Annual statistical returns and brief notes on vaccination in Bengal - 1909-1929
Year: 1909
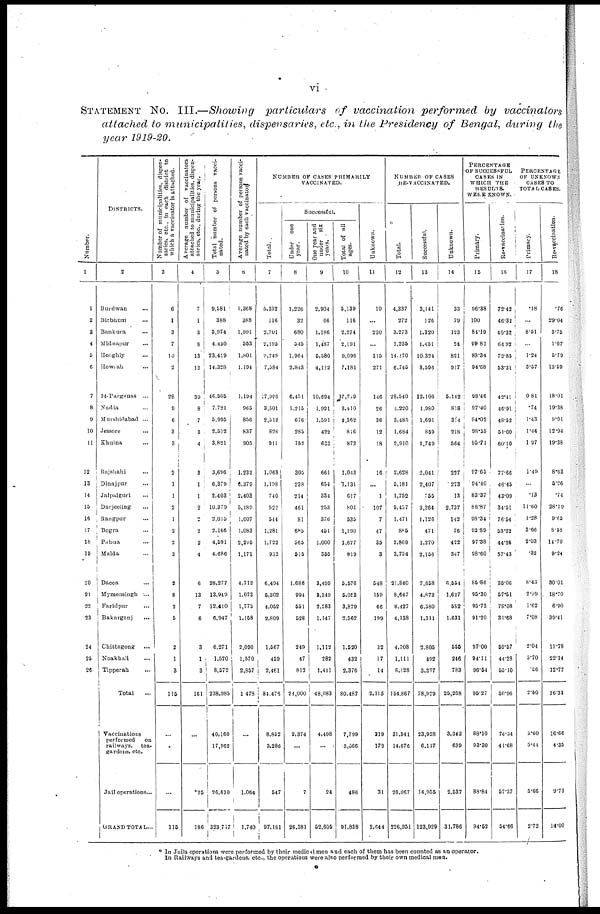
vi
STATEMENT NO. III.—Showing particulars
of vaccination performed by vaccinators
attached to municipalities, dispensaries, etc., in the Presidency of Bengal, during the
year 1919-20.
Number.
1
1
2
3
4
5
6
7
8
9
10
11
12
13
14
15
16
17
18
19
20
21
22
23
24
25
26
DISTRICTS.
2
Burdwan ...
Birbhum ...
Bankura ...
Midnapur ...
Hooghly ...
Howrah ...
24-Parganas ...
Nadia ...
Murshidabad ...
Jessore ...
Khulna ...
Rajshahi ...
Dinajpur ...
Jalpaiguri ...
Darjeeling ...
Rangpur ...
Bogra ...
Pabna ...
Malda ...
Dacca ...
Mymensingh ...
Faridpur ...
Bakarganj ...
Chittagong ...
Noakhali ...
Tipperah ...
Total
...
Vaccinations
performed
on
railways, tea-
gardens, etc.
Jail operations...
GRAND TOTAL...
Number of municipalities, dispen-
saries, etc., in each district to
which a vaccinator is attached.
3
6
1
3
7
10
2
28
9
6
3
3
2
1
1
2
1
2
2
3
2
8
2
5
2
1
3
115
...
...
...
115
Average number of vaccinators
attached to municipalities, dispen-
saries, etc., during the year.
4
1
3
8
13
12
39
8
7
3
4
3
1
1
2
2
2
2
4
6
13
7
6
3
1
3
161
...
...
.25
186
Total number of persons vacci-
nated.
5
9,581
388
5,974
4,430
23,419
14,328
46,505
7,721
5,995
2,512
3,821
3,696
6,379
2,403
10,379
2,015
2,166
4,591
4,686
28,277
13,949
12,410
6,947
6,271
1,570
8,572
238,985
40,160
17,962
26,610
323,717
Average number of persons vacci-
nated by each vaccinator.
6
1,368
388
1,991
553
1,801
1,194
1,194
965
856
837
905
1,232
6,379
2,403
5,189
1,007
1,083
2,295
1,171
4,712
1,073
1,773
1,158
2,090
1,570
2,857
1,478
...
...
1,064
1,740
NUMBER OF CASES PRIMARILY
VACCINATED.
Total.
7
5,332
116
2,701
2,195
9,249
7,584
17,986
3,501
2,512
828
911
1,068
1,198
740
922
544
1,281
1,722
932
6,494
5,302
4,052
2,809
1,567
459
2,461
84,476
8,852
3,286
547
97,161
Successful.
Under one
year.
8
1,226
32
680
545
1,964
2,843
6,451
1,215
676
285
152
305
238
214
461
81
685
565
515
1,686
994
551
528
249
47
812
24,000
2,374
...
7
26,381
One year and
under six
years.
9
2,904
66
1,186
1,487
5,580
4,112
10,694
1,921
1,591
422
633
661
654
334
253
376
451
1,000
355
3,499
3,349
2,583
1,147
1,112
282
1,411
48,083
4,498
...
24
52,605
Total of all
ages.
10
5,139
116
2,274
2,191
9,096
7,181
17,719
3,410
2,362
816
872
1,043
1,131
617
801
535
1,190
1,677
919
5,576
5,053
3,879
2,562
1,520
432
2,376
80,487
7,799
3,066
486
91,838
Unknown.
11
10
...
230
...
115
271
146
26
36
12
18
16
...
1
107
7
47
35
3
548
159
66
199
32
17
14
2,115
319
179
31
2,644
NUMBER OF CASES
RE-VACCINATED.
Total.
12
4,337
272
3,273
2,235
14,170
6,745
28,540
4,220
3,485
1,684
2,910
2,628
5,181
1,752
9,457
1,471
885
2,869
3,754
21,840
8,647
8,427
4,138
4,708
1,111
6,128
154,867
31,341
14,676
26,067
226,951
Successful.
13
3,141
126
1,320
1,451
10,324
3,596
12,106
1,980
1,691
859
1,749
2,041
2,407
755
3,264
1,126
471
1,270
2,156
7,658
4,873
6,580
1,311
2,805
492
3,377
78,929
23,928
6,117
14,955
123,929
Unknown.
14
33
79
123
24
821
917
5,142
818
314
218
564
227
273
13
2,737
142
76
422
347
6,554
1,627
582
1,631
555
246
783
25,268
3,342
639
2,537
31,786
PERCENTAGE
OF SUCCESSFUL
CASES IN
WHICH THE
RESULTS.
WERE KNOWN.
Primary.
15
96.38
100
84.19
99.81
98.34
94.68
98.46
97.40
94.02
98.55
95.71
97.65
94.40
83.37
86.87
98.34
92.89
97.38
98.60
85.86
95.30
95.73
91.20
97.00
94.11
96.54
96.27
88.10
93.30
88.84
94.52
Re-vaccination.
16
72.42
46.32
40.32
64.92
72.85
53.31
42.41
46.91
48.52
51.00
60.10
77.66
46.45
43.09
34.51
76.54
53.22
44.26
57.43
35.06
57.51
78.08
31.68
59.57
44.28
55.10
50.96
76.34
41.68
57.37
54.66
PERCENTAGE
OF UNKNOWN
CASES TO
TOTAL CASES.
Primary.
17
.18
...
8.51
...
1.24
3.57
0.81
.74
1.43
1.44
1.97
1.49
...
.13
11.60
1.28
3.66
2.03
.32
8.43
2.99
1.62
7.08
2.04
3.70
.56
2.50
3.60
5.44
5.66
2.72
Re-vaccination.
18
.76
29.04
3.75
1.07
5.79
13.59
18.01
19.38
9.01
12.94
19.38
8.63
5.26
.74
28.19
9.65
8.58
14.70
9.24
30.01
18.70
6.90
39.41
11.78
22.14
12.77
16.31
16.66
4.35
9.73
14.00
* In Jails operations were performed by their medical men and each of them has been counted as an operator.
In Railways and tea-gardens, etc., the operations were also performed by their own medical men.